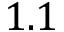
1 . 1